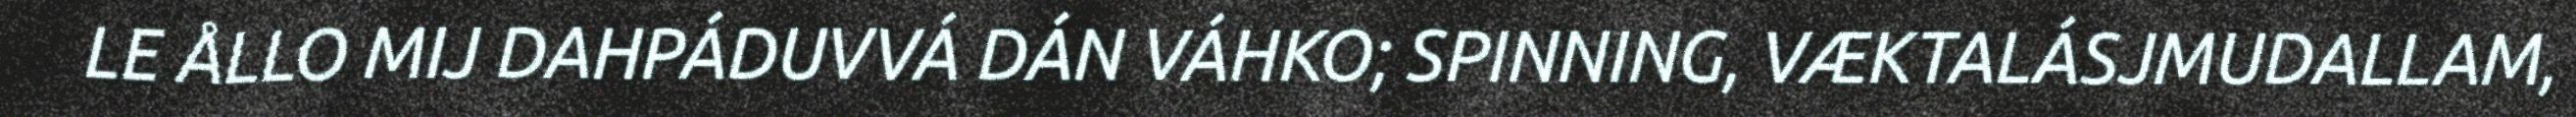
LE ÅLLO MIJ DAHPÁDUVVÁ DÁN VÁHKO; SPINNING, VÆKTALÁSJMUDALLAM,